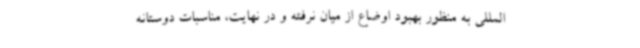
‌المللی به منظور بهبود اوضاع از میان نرفته و در نهایت، مناسبات دوستانه